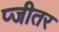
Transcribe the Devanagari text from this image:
प्जीतर